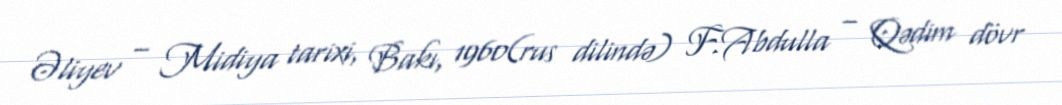
Əliyev – Midiya tarixi, Bakı, 1960(rus dilində) F.Abdulla – Qədim dövr